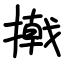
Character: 撠